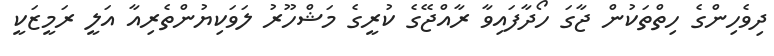
ދިވެހިންގެ ހިތްތަކުން ޖާގަ ހޯދާފައިވާ ރާއްޖޭގެ ކުރީގެ މަޝްހޫރު ލަވަކިޔުންތެރިއާ އަލީ ރަމީޒަކީ